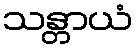
သန္တာယံ